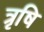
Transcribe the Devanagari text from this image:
त्रृषि